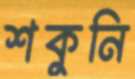
শকুনি